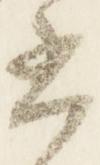
書